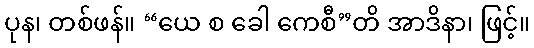
ပုန၊ တစ်ဖန်။ “ယေ စ ခေါ ကေစီ”တိ အာဒိနာ၊ ဖြင့်။